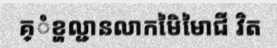
គ្ំខ្ហល្ជានលាកមៃិមៃាជី វិត